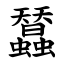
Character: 蠺